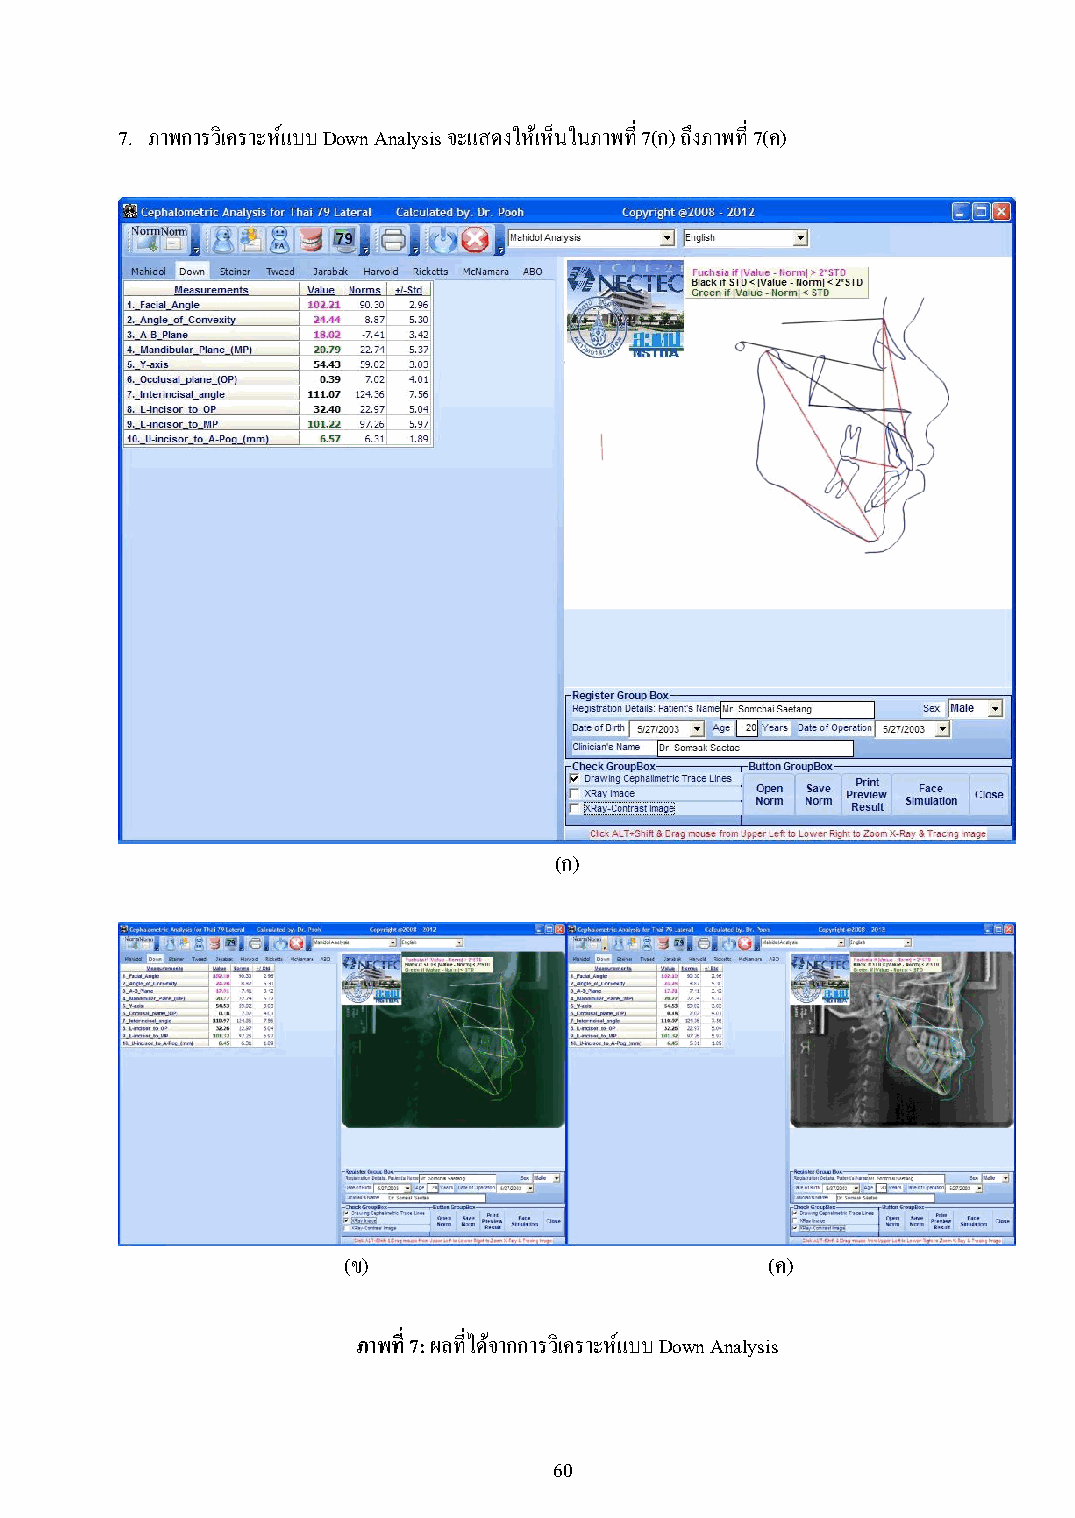
7. ภาพการวิเคราะห์แบบ Down Analysis จะแสดงให้เห็นในภาพที่ 7(ก) ถึงภาพที่ 7(ค)
 (ก)
 (ข)                         (ค)
 ภาพที่ 7: ผลที่ได้จากการวิเคราะห์แบบ Down Analysis
 60